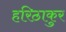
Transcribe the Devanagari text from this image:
हरिठाकुर